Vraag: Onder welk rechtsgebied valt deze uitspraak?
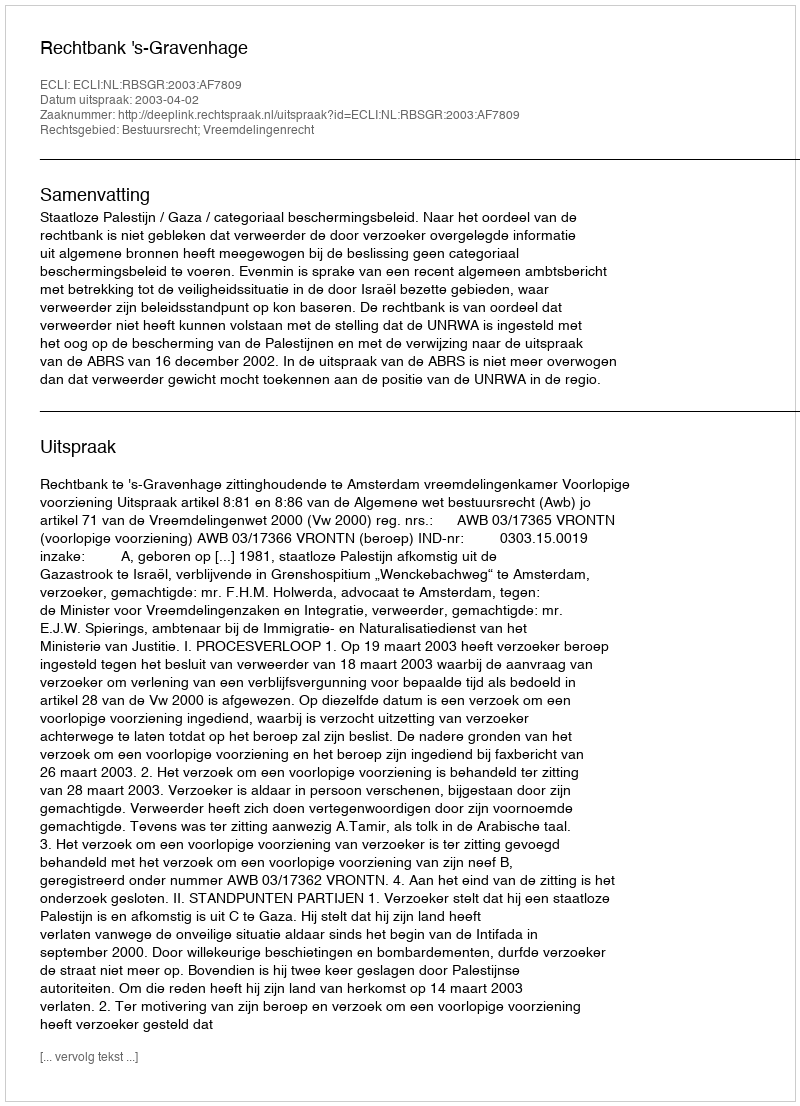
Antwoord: Bestuursrecht; Vreemdelingenrecht